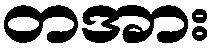
တအား